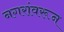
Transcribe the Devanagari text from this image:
नगरांवरून